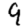
Digit: 9